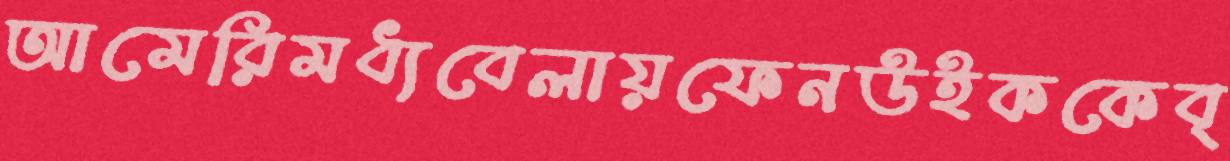
আমেরিমধ্যবেলায়ফেনউইককেব্